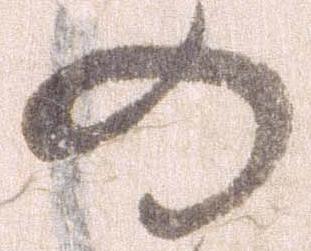
の